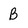
Character: B